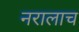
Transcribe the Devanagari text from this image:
नरालाच